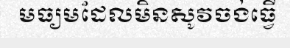
មធ្យមដែលមិនសូវចង់ធ្វើ